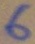
Text: 6